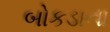
બોકડાના